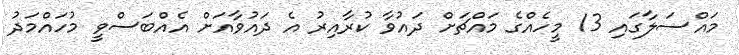
މައްސަލާގައި 13 މީހެއްގެ މައްޗަށް ދައުވާ ކުރާއިރު އެ ދައުވާއަށް އެއްބަސްވީ މުހައްމަދު